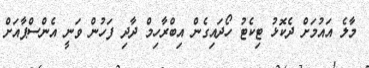
މާލެ އައުމަށް ދެކޮޅު ޓިކެޓު ހޯދައިގެން އިބްރާހިމް ދާދި ފަހުން ވަނީ އެންސްޕާއަށް